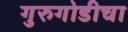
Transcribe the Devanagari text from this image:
गुरुगोडीचा